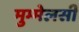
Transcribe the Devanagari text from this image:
मुम्मेलसी